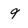
Character: 9